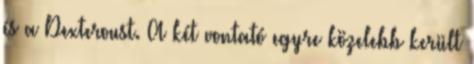
és a Dexteroust. A két vontató egyre közelebb került